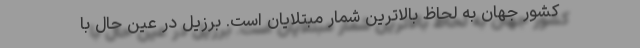
کشور جهان به لحاظ بالاترین شمار مبتلایان است. برزیل در عین حال با